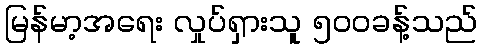
မြန်မာ့အရေး လှုပ်ရှားသူ ၅၀၀ခန့်သည်